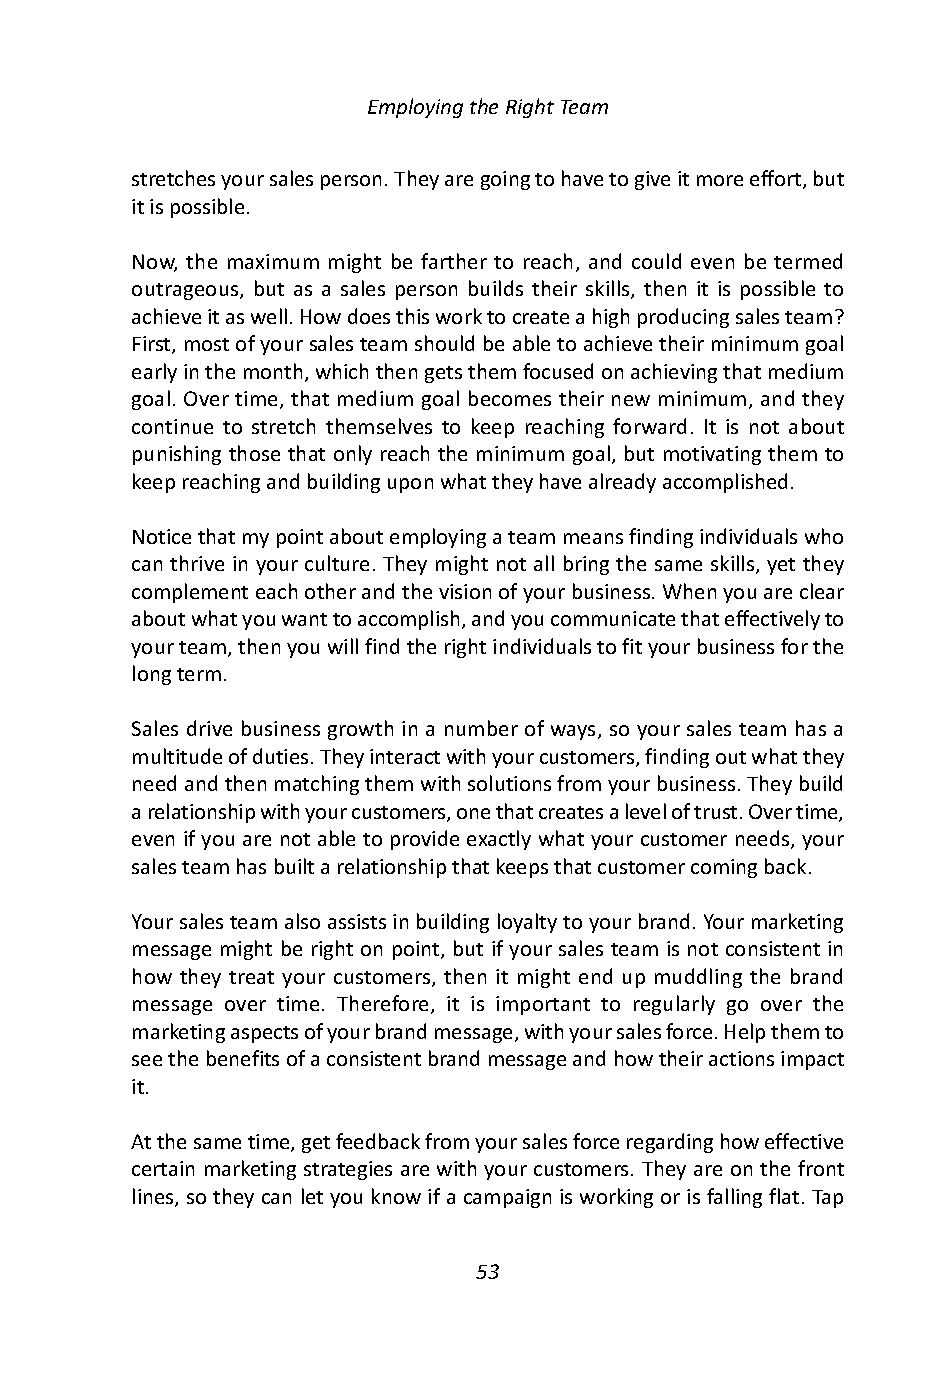
Employing the Right Team
 stretches your sales person. They are going to have to give it more effort, but
 it is possible.
 Now, the maximum might be farther to reach, and could even be termed
 outrageous, but as a sales person builds their skills, then it is possible to
 achieve it as well. How does this work to create a high producing sales team?
 First, most of your sales team should be able to achieve their minimum goal
 early in the month, which then gets them focused on achieving that medium
 goal. Over time, that medium goal becomes their new minimum, and they
 continue to stretch themselves to keep reaching forward. It is not about
 punishing those that only reach the minimum goal, but motivating them to
 keep reaching and building upon what they have already accomplished.
 Notice that my point about employing a team means finding individuals who
 can thrive in your culture. They might not all bring the same skills, yet they
 complement each other and the vision of your business. When you are clear
 about what you want to accomplish, and you communicate that effectively to
 your team, then you will find the right individuals to fit your business for the
 long term.
 Sales drive business growth in a number of ways, so your sales team has a
 multitude of duties. They interact with your customers, finding out what they
 need and then matching them with solutions from your business. They build
 a relationship with your customers, one that creates a level of trust. Over time,
 even if you are not able to provide exactly what your customer needs, your
 sales team has built a relationship that keeps that customer coming back.
 Your sales team also assists in building loyalty to your brand. Your marketing
 message might be right on point, but if your sales team is not consistent in
 how they treat your customers, then it might end up muddling the brand
 message over time. Therefore, it is important to regularly go over the
 marketing aspects of your brand message, with your sales force. Help them to
 see the benefits of a consistent brand message and how their actions impact
 it.
 At the same time, get feedback from your sales force regarding how effective
 certain marketing strategies are with your customers. They are on the front
 lines, so they can let you know if a campaign is working or is falling flat. Tap
 53